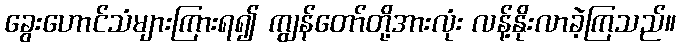
ခွေးဟောင်သံများကြားရ၍ ကျွန်တော်တို့အားလုံး လန့်နိုးလာခဲ့ကြသည်။